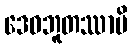
ဒေဝဘူတဿာပိ